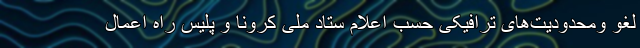
لغو ومحدودیت‌های ترافیکی حسب اعلام ستاد ملی کرونا و پلیس راه اعمال